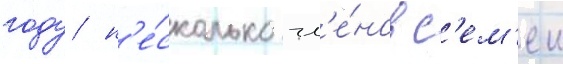
году н'е́сколько чл'е́нов с'ем'еи